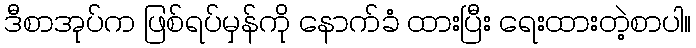
ဒီစာအုပ်က ဖြစ်ရပ်မှန်ကို နောက်ခံ ထားပြီး ရေးထားတဲ့စာပါ။